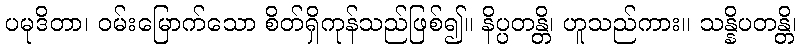
ပမုဒိတာ၊ ဝမ်းမြောက်သော စိတ်ရှိကုန်သည်ဖြစ်၍။ နိပ္ပတန္တိ၊ ဟူသည်ကား။ သန္နိပတန္တိ၊